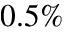
0 . 5 \%